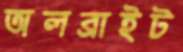
অলব্রাইট